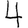
Digit: 4